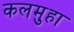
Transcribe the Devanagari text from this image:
कलमुहा